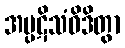
အပ္ပဋိသံဝိဒိတွာ